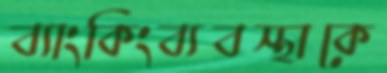
ব্যাংকিংব্যবস্থাকে